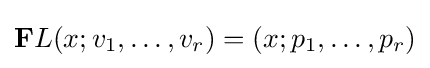
{\textstyle \mathbf {F} L(x;v_{1},\dotsc ,v_{r})=(x;p_{1},\dotsc ,p_{r})}